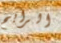
الرابح